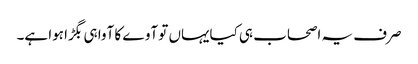
صرف یہ اصحاب ہی کیایہاں تو آوے کا آوا ہی بگڑا ہوا ہے۔